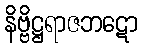
နိဗ္ဗိဋ္ဌရာဇဘဋော